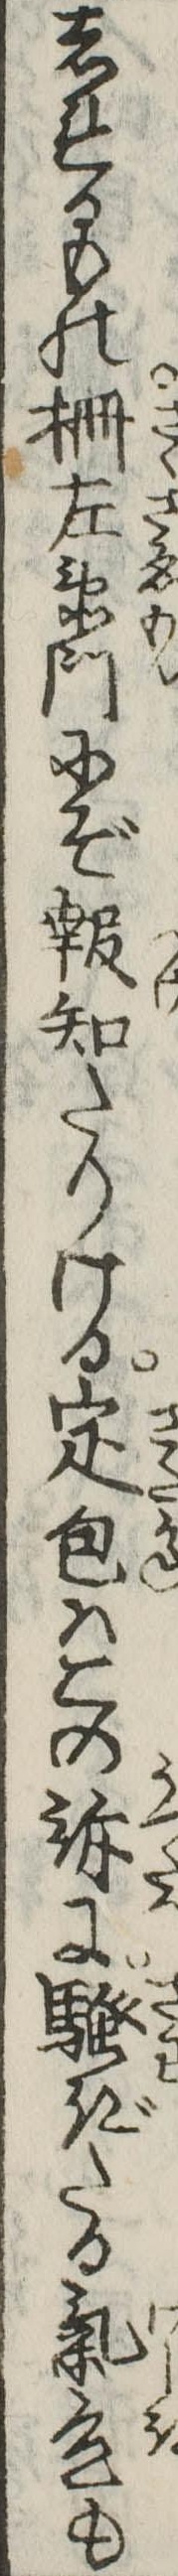
しれるもの柵左衛門にぞ報知たりける定包はこの訴にぎたる気色も